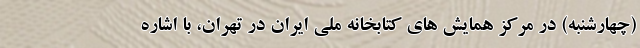
(چهارشنبه) در مرکز همایش های کتابخانه ملی ایران در تهران، با اشاره